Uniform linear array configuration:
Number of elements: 12
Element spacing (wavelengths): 0.75
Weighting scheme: hann
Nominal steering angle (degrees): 0
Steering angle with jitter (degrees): -1.825
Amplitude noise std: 0.05
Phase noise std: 0.05

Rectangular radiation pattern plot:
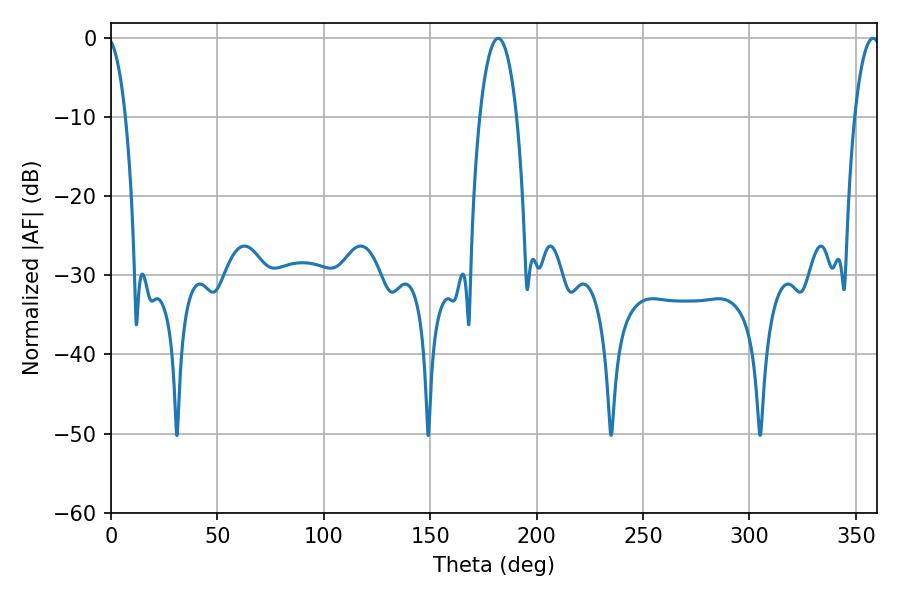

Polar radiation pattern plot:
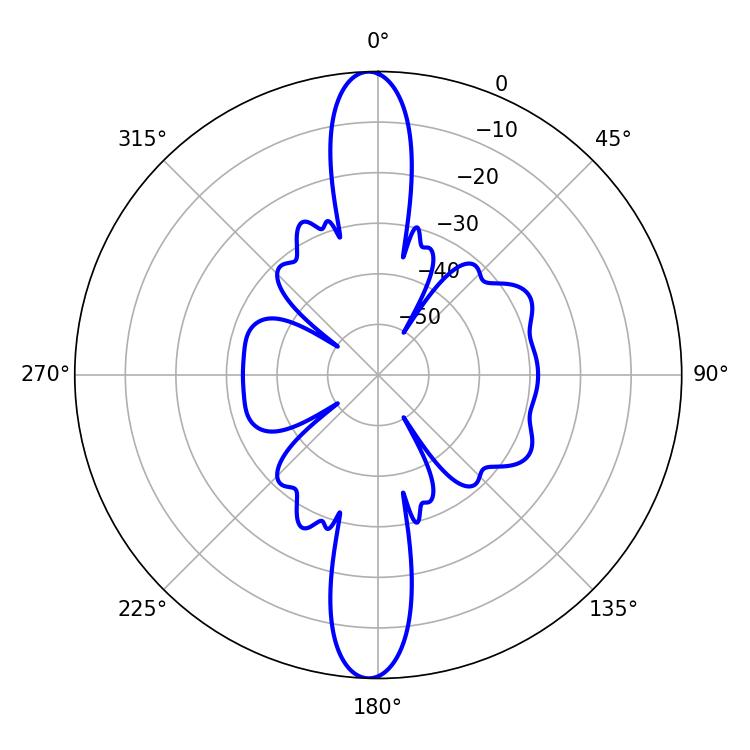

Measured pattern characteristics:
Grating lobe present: TRUE
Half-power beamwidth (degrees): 9.72
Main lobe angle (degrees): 181.98